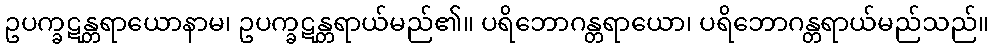
ဥပက္ခဋန္တရာယောနာမ၊ ဥပက္ခဋန္တရာယ်မည်၏။ ပရိဘောဂန္တရာယော၊ ပရိဘောဂန္တရာယ်မည်သည်။